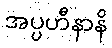
အပ္ပဟီနာနိ